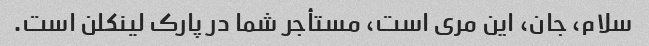
سلام، جان، این مری است، مستأجر شما در پارک لینکلن است.